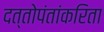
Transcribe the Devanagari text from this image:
दत्तोपंतांकरिता